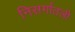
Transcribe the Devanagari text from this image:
निसर्गातली